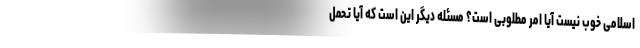
اسلامی خوب نیست آیا امر مطلوبی است؟ مسئله دیگر این است که آیا تحمل